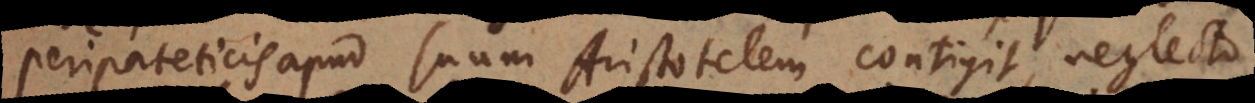
Peripateticis apud suum Aristotelem contigit, neglecto